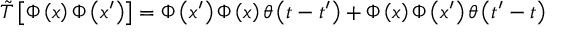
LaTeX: \tilde { T } \left[ \Phi \left( x \right) \Phi \left( x ^ { \prime } \right) \right] = \Phi \left( x ^ { \prime } \right) \Phi \left( x \right) \theta \left( t - t ^ { \prime } \right) + \Phi \left( x \right) \Phi \left( x ^ { \prime } \right) \theta \left( t ^ { \prime } - t \right)